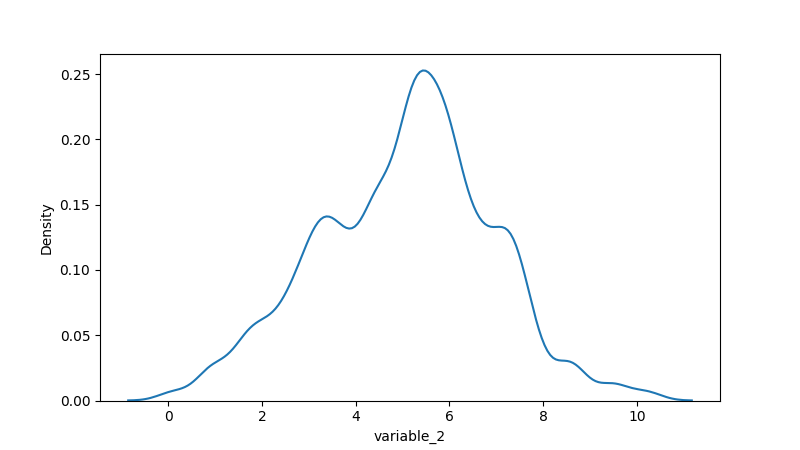
python, seaborn, kdeplot, hue='None', fill=False, bw_adjust=0.5